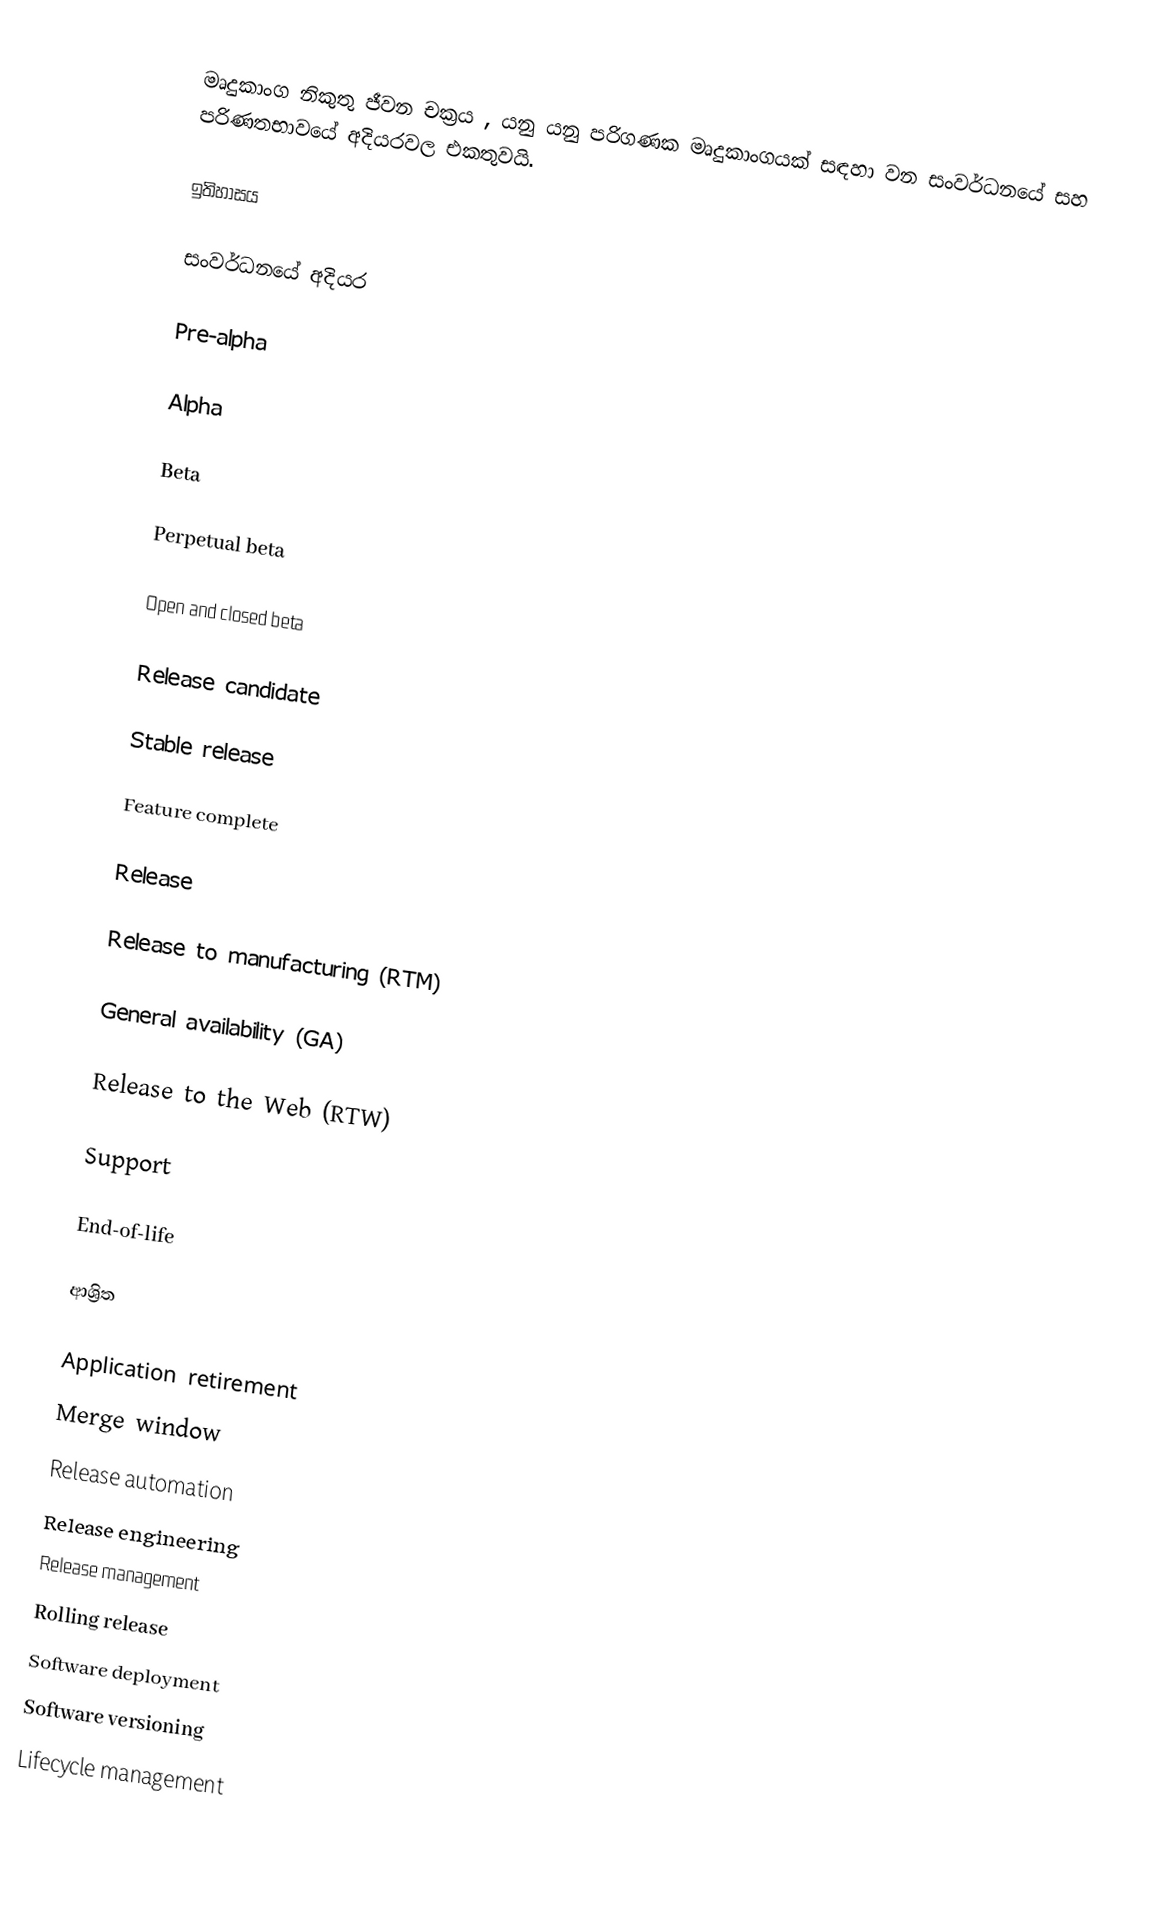
මෘදුකාංග නිකුතු ජීවන චක්‍රය , යනු යනු පරිගණක මෘදුකාංගයක් සඳහා වන සංවර්ධනයේ සහ පරිණතභාවයේ අදියරවල එකතුවයි.

ඉතිහාසය

සංවර්ධනයේ අදියර

Pre-alpha

Alpha

Beta

Perpetual beta

Open and closed beta

Release candidate

Stable release

Feature complete

Release

Release to manufacturing (RTM)

General availability (GA)

Release to the Web (RTW)

Support

End-of-life

ආශ්‍රිත

 Application retirement
 Merge window
 Release automation
 Release engineering
 Release management
 Rolling release
 Software deployment
 Software versioning
 Lifecycle management